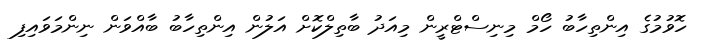
ހޮވުމުގެ އިންތިހާބު ހޯމް މިނިސްޓްރީން މިއަދު ބާތިލްކޮށް އަލުން އިންތިހާބު ބާއްވަން ނިންމަވައިފި